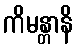
ကိမန္တာနိ